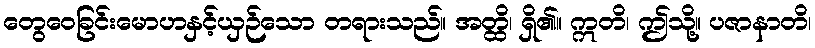
တွေဝေခြင်းမောဟနှင့်ယှဉ်သော တရားသည်။ အတ္ထိ၊ ရှိ၏။ ဣတိ၊ ဤသို့။ ပဇာနာတိ၊